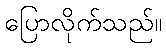
ပြောလိုက်သည်။